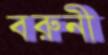
বরুনী